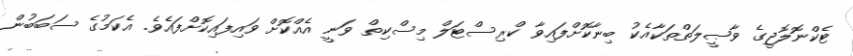
ޓެކްނޮލޮޖީގެ ވާޞީލަތްތަކާއެކު ބިނާކޮށްފައިވާ ކްރިސްޓަލް މިސްކިތް ވަނީ އެއްކޮށް ވައިފައިކޮށްފައެވެ. އެކަމުގެ ސަބަބުން